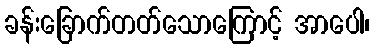
ခန်းခြောက်တတ်သောကြောင့် အာပေါ၊